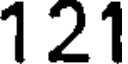
121